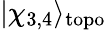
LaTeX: |\chi_{3,4}\rangle_{\mathrm{topo}}